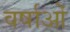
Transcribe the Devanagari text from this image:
वर्षाओं